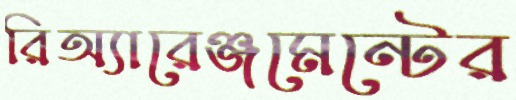
রিঅ্যারেঞ্জমেন্টের